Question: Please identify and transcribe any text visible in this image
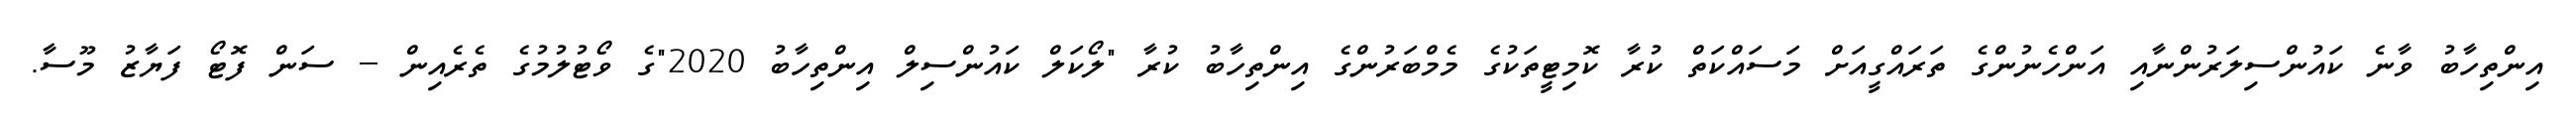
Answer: އިންތިހާބު ވާނެ ކައުންސިލަރުންނާއި އަންހެނުންގެ ތަރައްގީއަށް މަސައްކަތް ކުރާ ކޮމިޓީތަކުގެ މެމްބަރުންގެ އިންތިހާބު ކުރާ "ލޯކަލް ކައުންސިލް އިންތިހާބު 2020"ގެ ވޯޓުލުމުގެ ތެރެއިން -- ސަން ފޮޓޯ ފަޔާޒު މޫސާ.